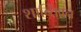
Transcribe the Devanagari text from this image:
शान्तिवन